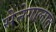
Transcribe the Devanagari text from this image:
सेनेगालात